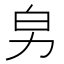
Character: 𠡈